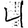
Digit: 4